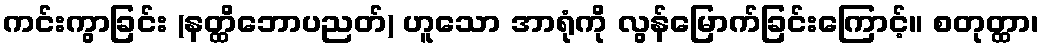
ကင်းကွာခြင်း (နတ္ထိဘောပညတ်) ဟူသော အာရုံကို လွန်မြောက်ခြင်းကြောင့်။ စတုတ္ထာ၊